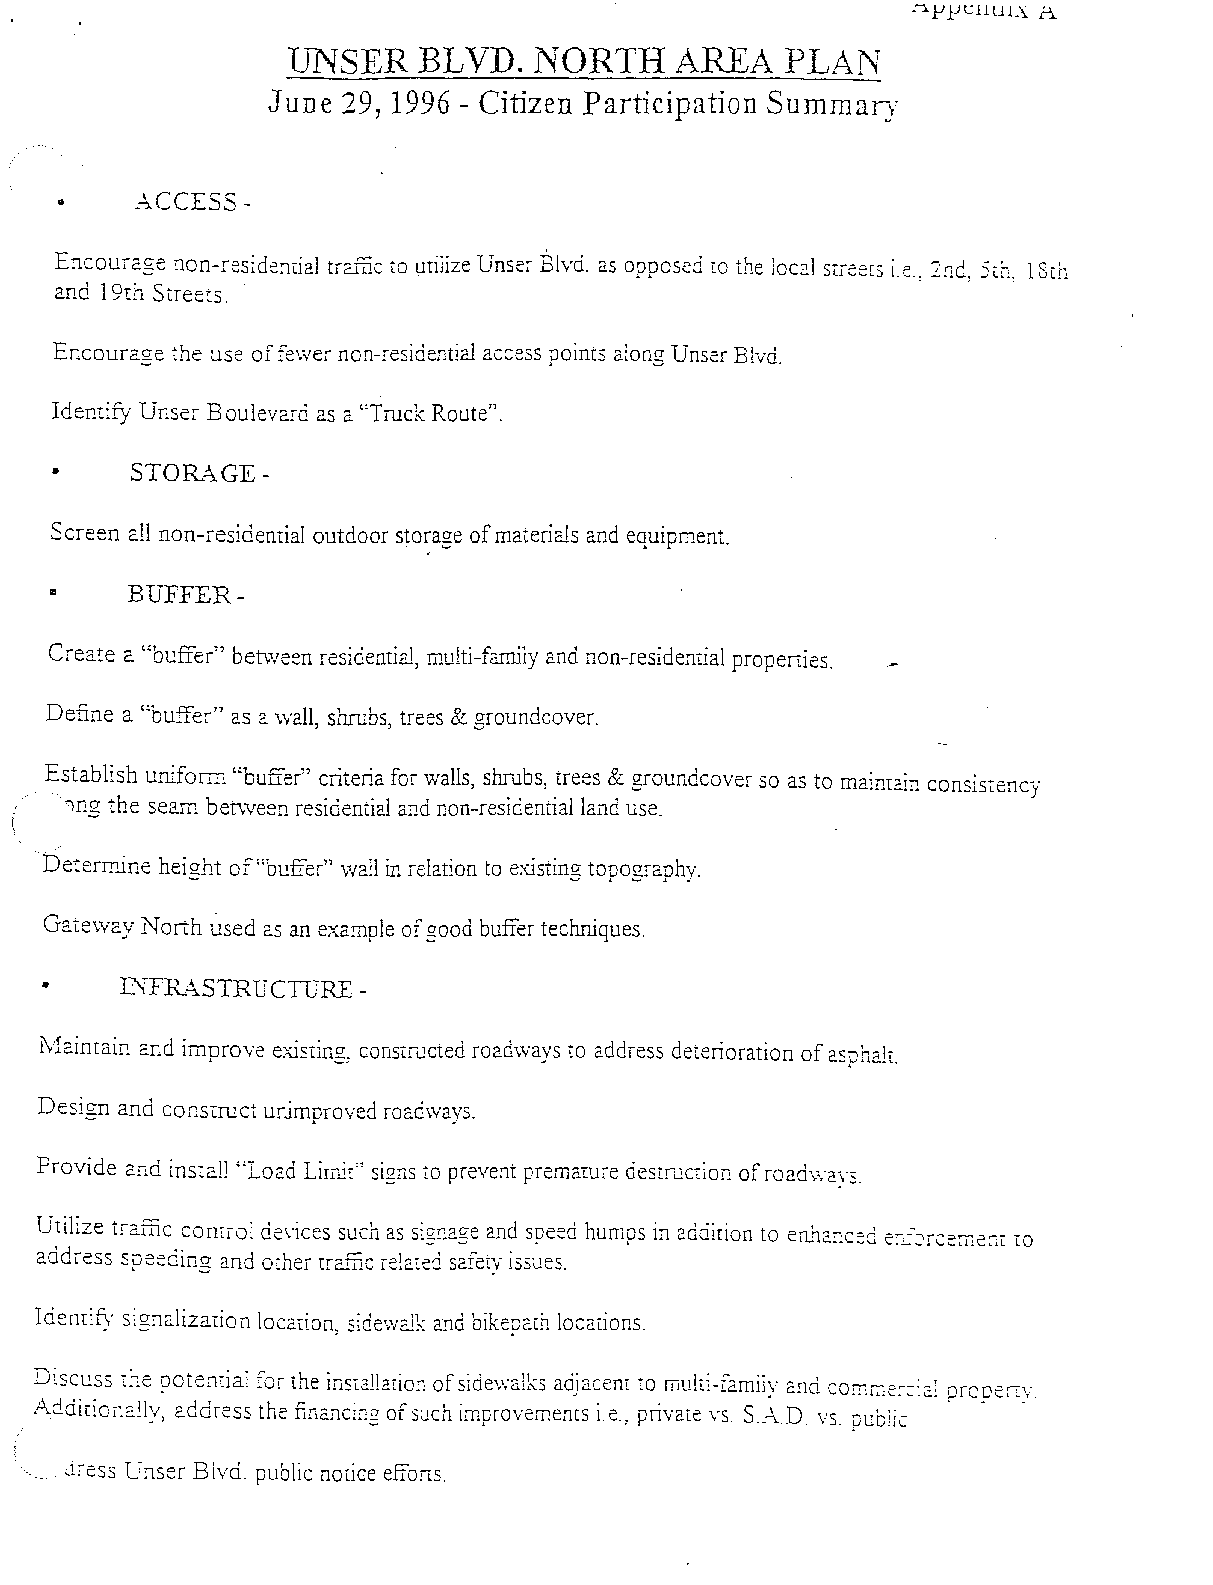
UNSER   BLVD.   NORTH            PLAN
 ARE~L\
 Jun e 29, 1996 - Citizen Participation Summary
 }~-CCESS ­
 Encourage non-reside:1tial traffic to 1,ltilize Unser Blvd_ as opposed to the loc2.1 streecs i.e., 2nd, 5Lf1; 18th
 and 19th Stree!s.
 Encourage the use of fewer non-residential access points along Unser B[vd.
 Identify Unser Boulevard as a ':Truck Route".
 •    STORAGE-
 Screen all non-residential outdoor storag:e of materials and eauiDment.
 . _            J. J.
 BUFFER-
 III
 Create a ':buffer" between residential, multi-family and non-residential properties.
 Define a ':buffer" as a \vall , shrubs , trees & QToundcover.
 ~
 Establish uniform "burrer" criteria for walls, shrubs, trees & groundcover so as to maim2.i~ consistency
 .lng the seam betvveen residential and non-residential land use,
 Determine height of "buffer" wall in relation to existing topography.
 Gate\vay North used as an example of good buffer techniques_
 I\""FR4..STRUCTURE ­
 rvlaintain and improve existing; constructed road\vays to address deterioration of asphalt.
 .    ­
 Desi£n and conSLIuct urumDroved road\vavs,
 ~
 Provide arld install "Load Limit" signs to prevent premature destruction of roadv,'cys.
 Utilize traffic control de\-ices such as sigDcge and speed humps in cddition to enha:lced e:Lorceme~L to
 address speeding and orner tr~c re!2.~ed safety issues.
 Identify sigrlalizaTion [oeclion, sicievcJk and bikepath locations.
 Discuss the potential for the inSl:cllclion of sidewclks adjccem to multj-fa.mily and comce:-;::~2.1 orODerLV.
 Additionally, address the finallclng of s~ch improvemems i. e., private vs. S.A.D vs. public . . -
 Jress Cnser B [yd. public notice efforts